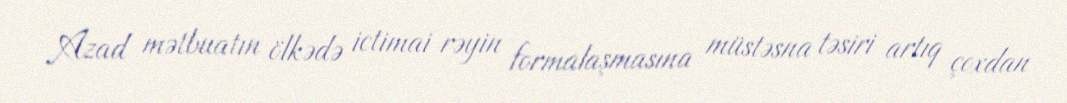
Azad mətbuatın ölkədə ictimai rəyin formalaşmasına müstəsna təsiri artıq çoxdan